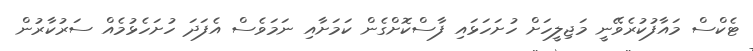
ޓެކްސް މައާފުކުރެވޭނީ މަޖިލީހަށް ހުށަހަޅައި ފާސްކޮށްގެން ކަމަށާއި ނަމަވެސް އެފަދަ ހުށަހެޅުމެއް ސަރުކާރުން